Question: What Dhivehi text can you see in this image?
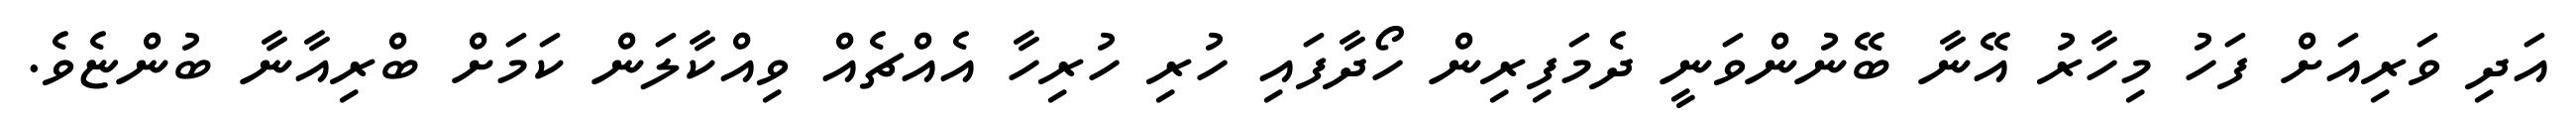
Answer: އަދި ވަރިއަށް ފަހު މިހާރު އޭނާ ބޭނުންވަނީ ދެމަފިރިން ހޯދާފައި ހުރި ހުރިހާ އެއްޗެއް ވިއްކާލަން ކަމަށް ބްރިއާނާ ބުންޏެވެ.